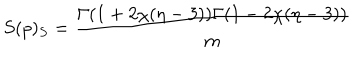
S ( p ) _ { S } = \frac { \Gamma ( 1 + 2 \chi ( \eta - 3 ) ) \Gamma ( 1 - 2 \chi ( \eta - 3 ) ) } { m }